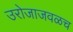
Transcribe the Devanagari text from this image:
उरोजाजवळच